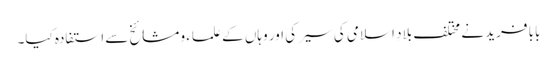
بابا فرید نے مختلف بلادِ اسلامی کی سیر کی اور وہاں کے علماء و مشائخ سے استفادہ کیا۔